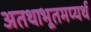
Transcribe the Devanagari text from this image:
अतथाभूतमप्यर्थ